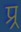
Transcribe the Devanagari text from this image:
प्र्र